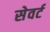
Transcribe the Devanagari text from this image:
सेवर्ट